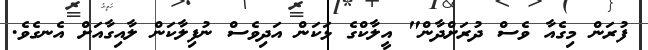
ފުރަން މިގެއާ ވެސް ދުރަށްދާން" އީލާކްގެ ޅަކަން އަދިވެސް ނުފިލާކަން ލާއިގާއަށް އެނގެެވެ.